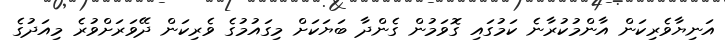
އަނިޔާވެރިކަން އާންމުކުރާނެ ކަމުގައި ގޮވަމުން ގެންދާ ބަޔަކަށް މިގައުމުގެ ވެރިކަން ދޭވަރަށްވުރެ މިއަދުގެ